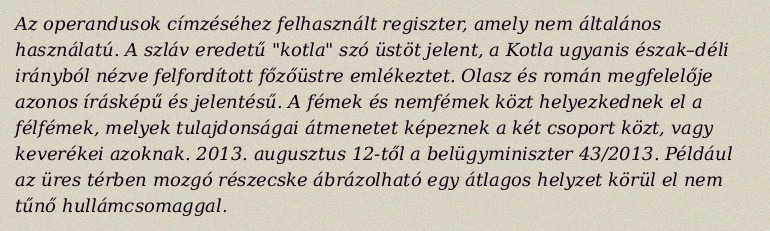
Az operandusok címzéséhez felhasznált regiszter, amely nem általános használatú. A szláv eredetű "kotla" szó üstöt jelent, a Kotla ugyanis észak–déli irányból nézve felfordított főzőüstre emlékeztet. Olasz és román megfelelője azonos írásképű és jelentésű. A fémek és nemfémek közt helyezkednek el a félfémek, melyek tulajdonságai átmenetet képeznek a két csoport közt, vagy keverékei azoknak. 2013. augusztus 12-től a belügyminiszter 43/2013. Például az üres térben mozgó részecske ábrázolható egy átlagos helyzet körül el nem tűnő hullámcsomaggal.